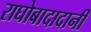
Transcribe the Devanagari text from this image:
राघोबादादानी